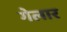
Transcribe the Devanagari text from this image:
गेलार